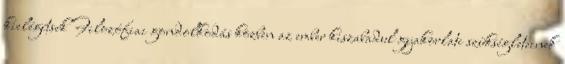
kielégítsek Filozófiai gondolkodás közben az ember kiszabadul gyakorlati szükségleteinek